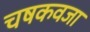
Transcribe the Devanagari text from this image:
चषकवजा